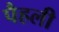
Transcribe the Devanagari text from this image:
पैहली